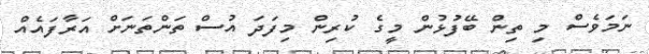
ނަމަވެސް މި ތިން ބޭފުޅުން މީގެ ކުރިން މިފަދަ އުސް ތަންތަނަށް އަރާފައެއް